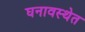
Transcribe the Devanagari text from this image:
घनावस्थेत